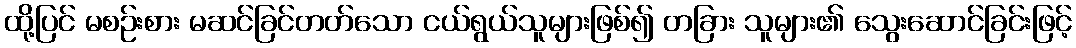
ထို့ပြင် မစဉ်းစား မဆင်ခြင်တတ်သော ငယ်ရွယ်သူများဖြစ်၍ တခြား သူများ၏ သွေးဆောင်ခြင်းဖြင့်